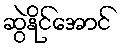
ဆွဲနိုင်အောင်